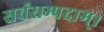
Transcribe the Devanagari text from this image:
सर्वसम्पदाम्‌।